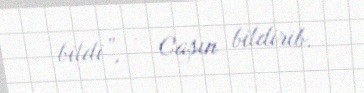
bildi”, - Caşın bildirib.